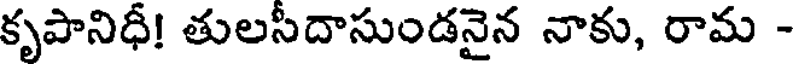
కృపానిధీ! తులసీదాసుండనైన నాకు, రామ -